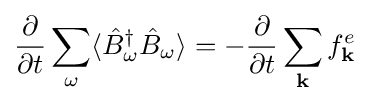
{\frac {\partial }{\partial t}}\sum _{\omega }\langle {\hat {B}}_{\omega }^{\dagger }{\hat {B}}_{\omega }\rangle =-{\frac {\partial }{\partial t}}\sum _{\mathbf {k} }f_{\mathbf {k} }^{e}